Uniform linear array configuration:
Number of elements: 32
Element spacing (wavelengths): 0.25
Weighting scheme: kaiser
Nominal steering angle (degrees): -30
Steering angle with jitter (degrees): -29.182
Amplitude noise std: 0.05
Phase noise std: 0.05

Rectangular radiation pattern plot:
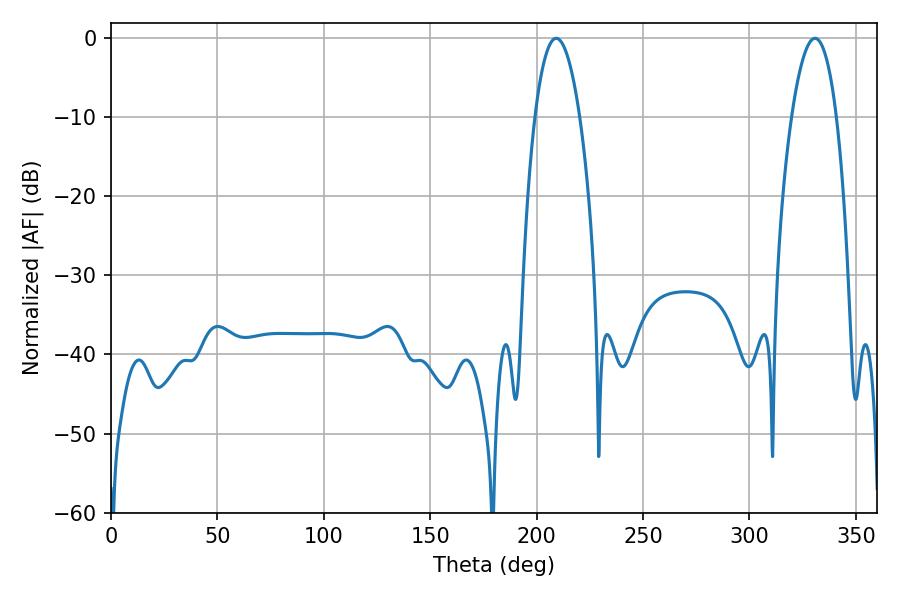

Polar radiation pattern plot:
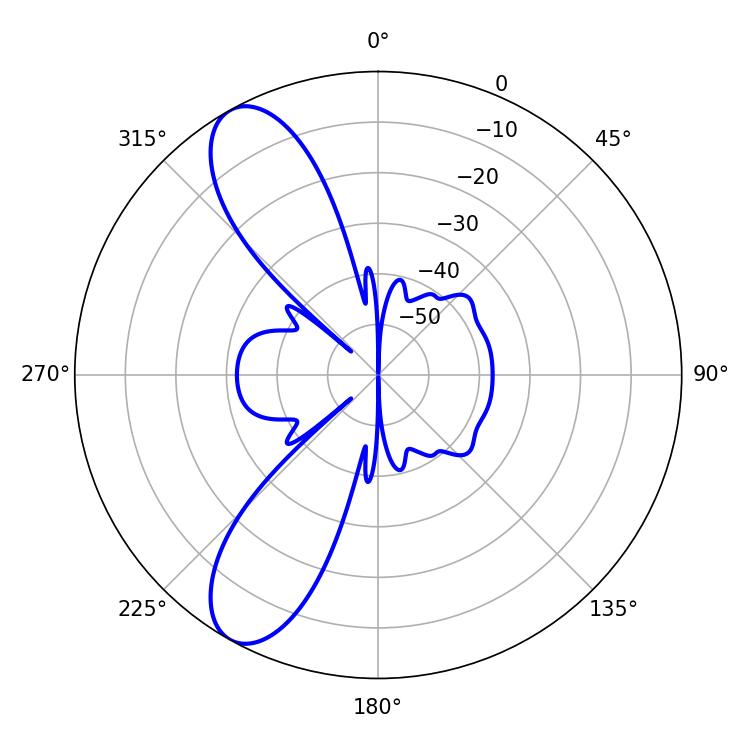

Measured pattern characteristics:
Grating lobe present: FALSE
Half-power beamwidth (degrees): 11.7
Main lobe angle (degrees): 209.16